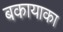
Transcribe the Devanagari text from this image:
बकायाका